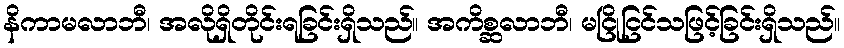
နိကာမလာဘီ၊ အလိုရှိတိုင်းရခြင်းရှိသည်။ အကိစ္ဆလာဘီ၊ မငြိုငြင်သဖြင့်ခြင်းရှိသည်။